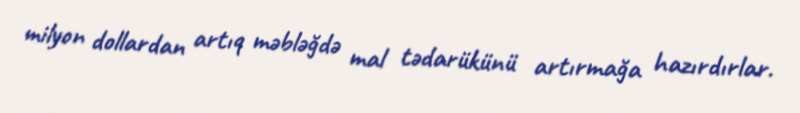
milyon dollardan artıq məbləğdə mal tədarükünü artırmağa hazırdırlar.